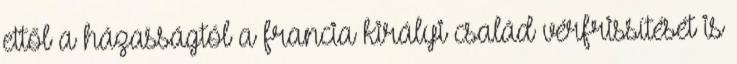
ettől a házasságtól a francia királyi család vérfrissítését is